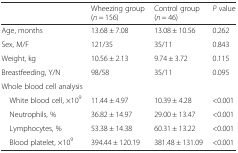
|  | Wheezing group (n = 156) | Control group (n = 46) | P value |
 | --- | --- | --- | --- |
 | Age, months | 13.68 ± 7.08 | 13.08 ± 10.56 | 0.262 |
 | Sex, M/F | 121/35 | 35/11 | 0.843 |
 | Weight, kg | 10.56 ± 2.13 | 9.74 ± 3.72 | 0.115 |
 | Breastfeeding, Y/N | 98/58 | 35/11 | 0.095 |
 | <COLSPAN=4> Whole blood cell analysis |
 | White blood cell, ×109 | 11.44 ± 4.97 | 10.39 ± 4.28 | <0.001 |
 | Neutrophils, % | 36.82 ± 14.97 | 29.00 ± 13.47 | <0.001 |
 | Lymphocytes, % | 53.38 ± 14.38 | 60.31 ± 13.22 | <0.001 |
 | Blood platelet, ×109 | 394.44 ± 120.19 | 381.48 ± 131.09 | <0.001 |